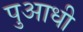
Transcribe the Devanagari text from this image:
पुआधी